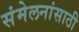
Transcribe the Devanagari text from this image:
संमेलनांसाठी